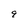
Character: 9